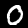
Digit: 0